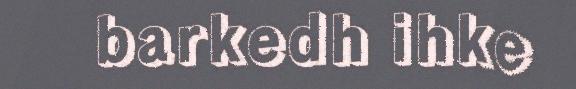
barkedh ihke